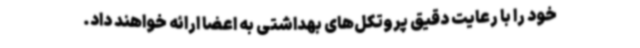
خود را با رعایت دقیق پروتکل‌های بهداشتی به اعضا ارائه خواهند داد.